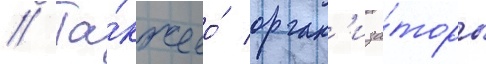
// Та́кже ео́ орган'иза́торы